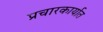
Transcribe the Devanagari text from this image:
प्रचारकार्यात